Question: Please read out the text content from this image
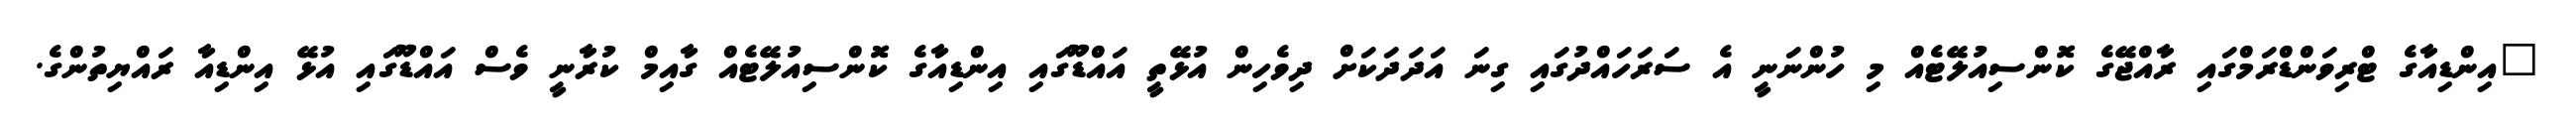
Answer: "އިންޑިއާގެ ޓްރިވަންޑްރަމްގައި ރާއްޖޭގެ ކޮންސިއުލޭޓެއް މި ހުންނަނީ އެ ސަރަހައްދުގައި ގިނަ އަދަދަކަށް ދިވެހިން އުޅޭތީ އައްޑޫގައި އިންޑިއާގެ ކޮންސިއުލޭޓެއް ގާއިމް ކުރާނީ ވެސް އައްޑޫގައި އުޅޭ އިންޑިއާ ރައްޔިތުންގެ.